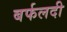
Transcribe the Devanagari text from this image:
बर्फलदी